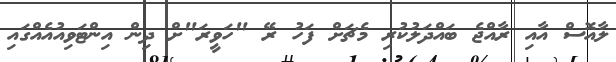
ލާއޮސް އާއި ރާއްޖެ ބައްދަލުކުރި މެޗަށް ފަހު ރޭ "ހަވީރަ"ށް ދިން އިންޓަވިއުއެއްގައި